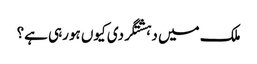
ملک میں دہشتگردی کیوں ہورہی ہے؟